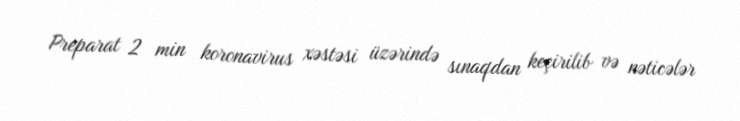
Preparat 2 min koronavirus xəstəsi üzərində sınaqdan keçirilib və nəticələr